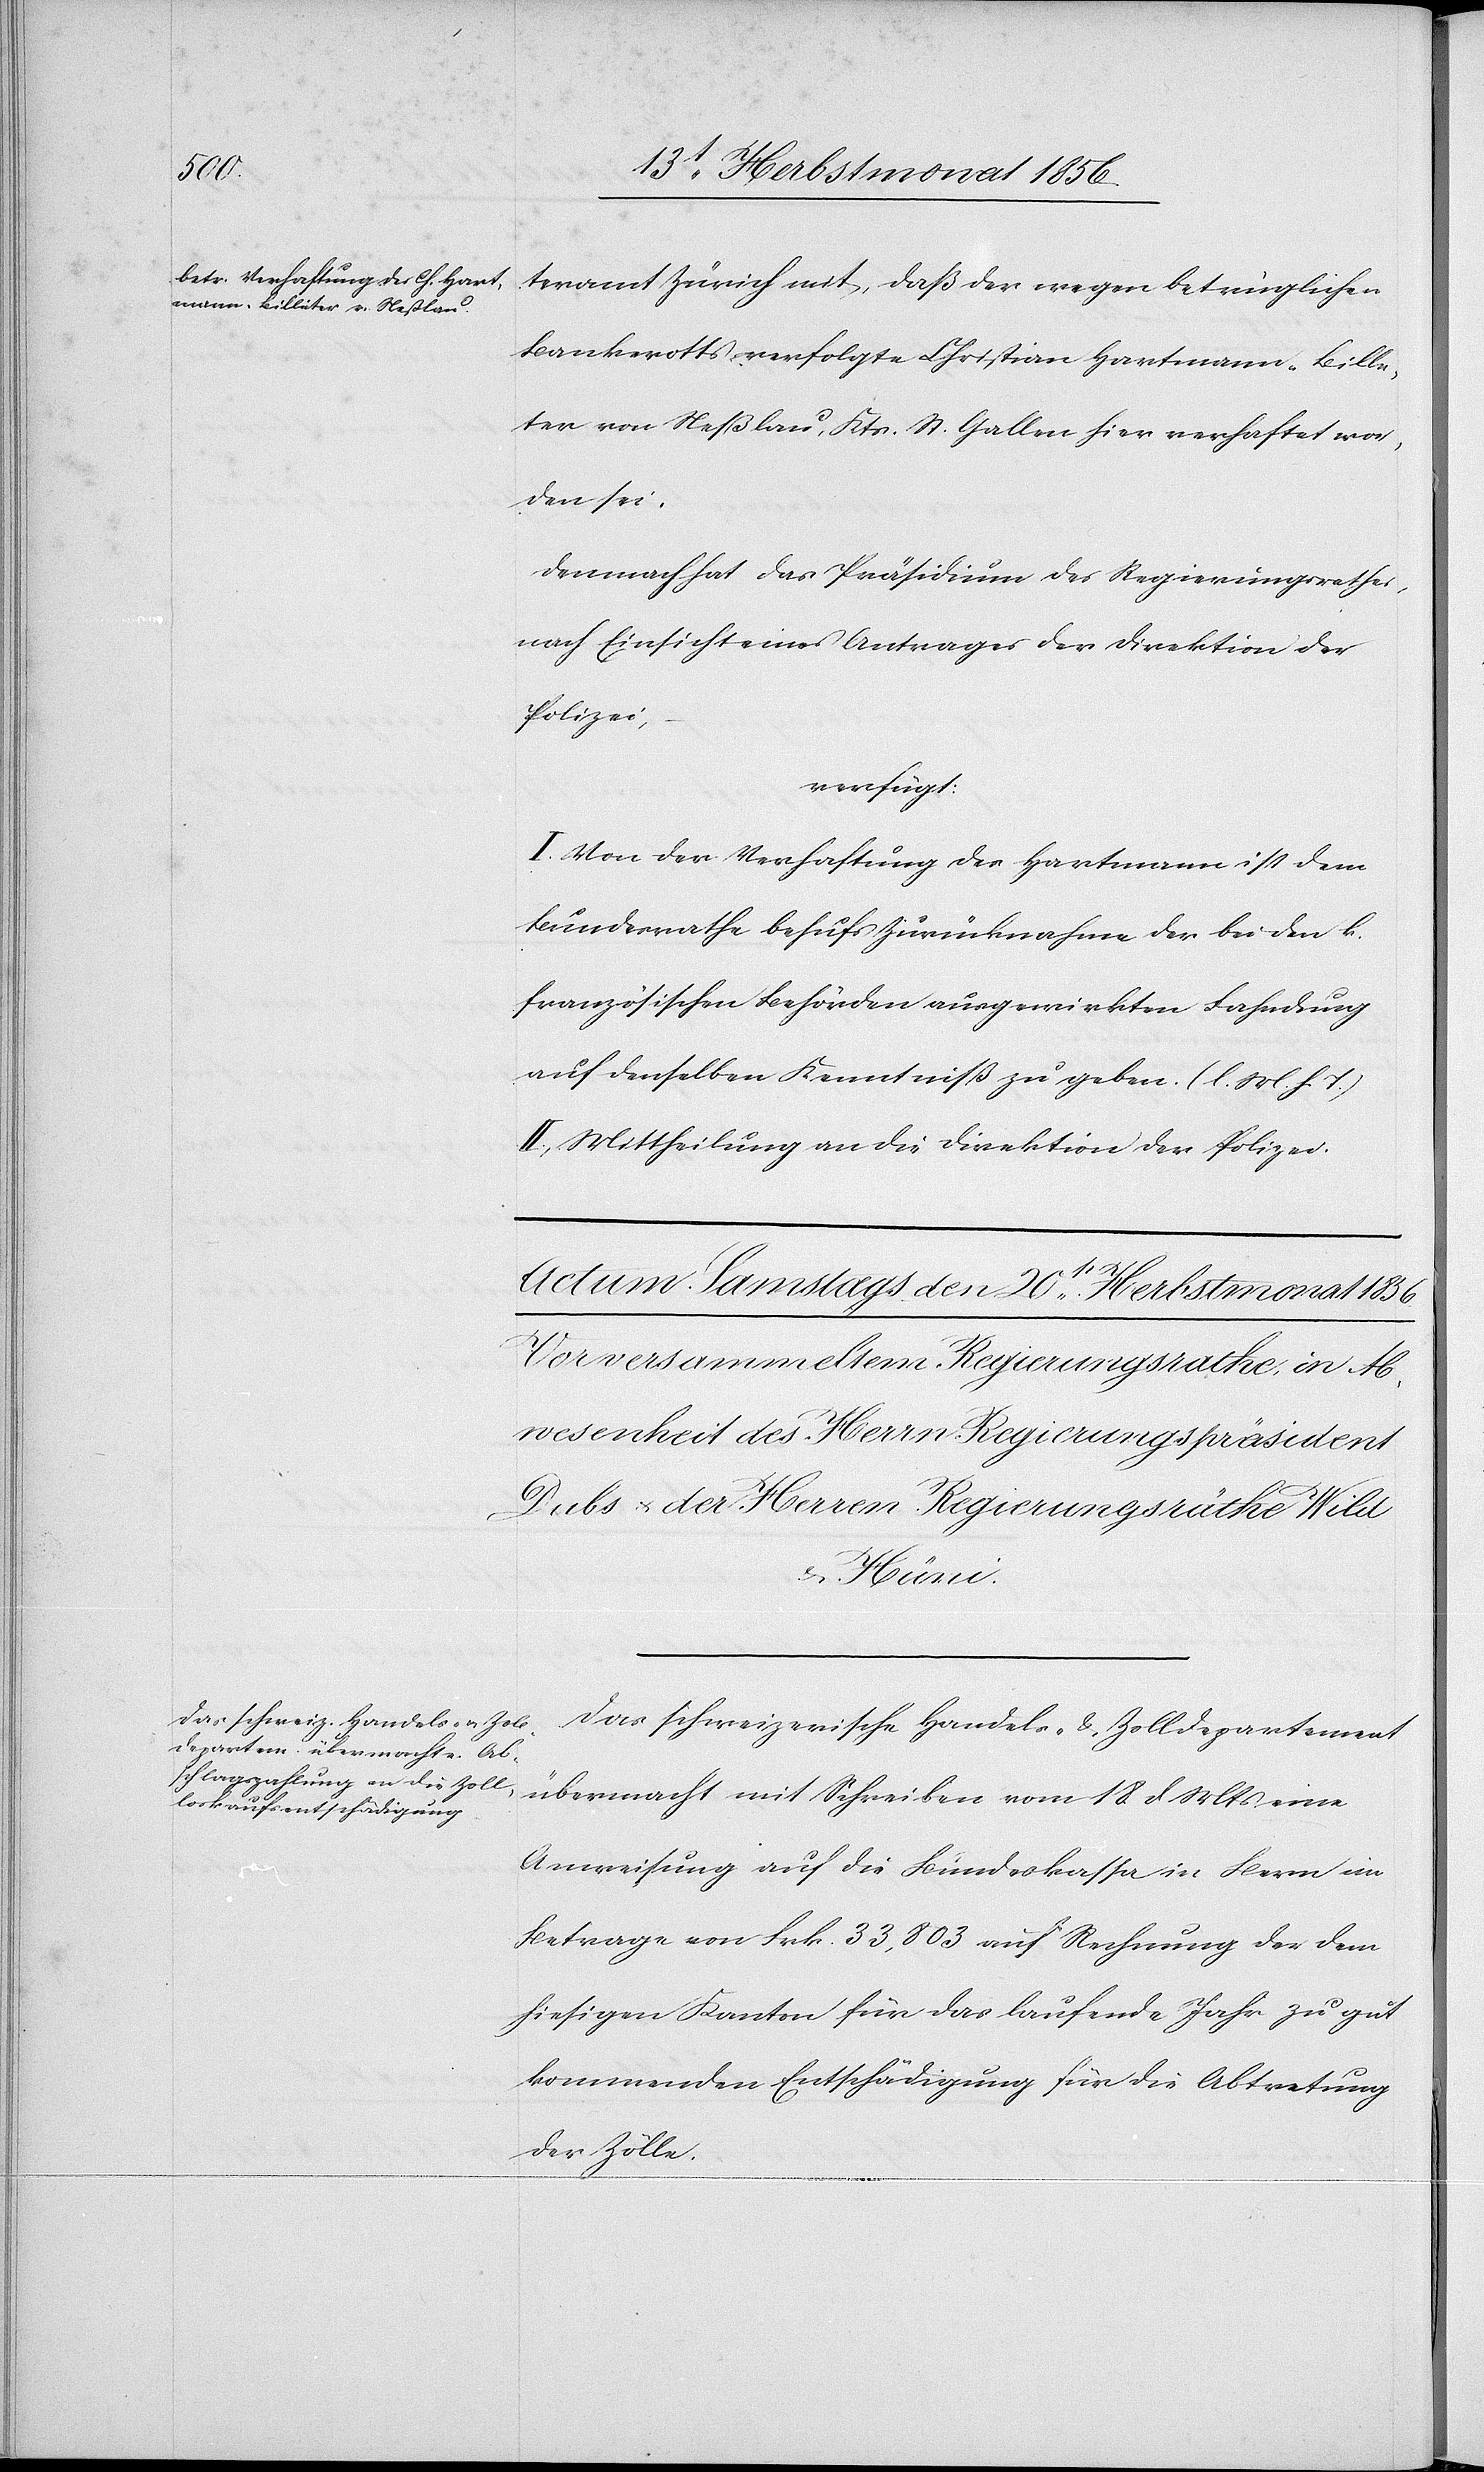
teramt Zürich mit, daß der wegen betrüglichen
Bankerotts verfolgte Christian Hartmann-Bille¬
ter von Neßlau, Kts. St. Gallen hier verhaftet wor¬
den sei.
Demnach hat das Präsidium des Regierungsrathes,
nach Einsicht eines Antrages der Direktion der
Polizei,
verfügt:
I. Von der Verhaftung des Hartmann ist dem
Bundesrathe behufs Zurücknahme der bei den k.
französischen Behörden ausgewirkten Fahndung
auf denselben Kenntniß zu geben. (l. M. h T.)
II. Mittheilung an die Direktion der Polizei.
Das schweizerische Handels- & Zolldepartement
übermacht mit Schreiben vom 18 d Mts eine
Anweisung auf die Bundeskassa in Bern im
Betrage von Frk. 33,803 auf Rechnung der dem
hiesigen Kanton für das laufende Jahr zu gut
kommenden Entschädigung für die Abtretung
der Zölle.